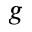
g